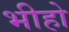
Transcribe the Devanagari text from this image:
भीहो